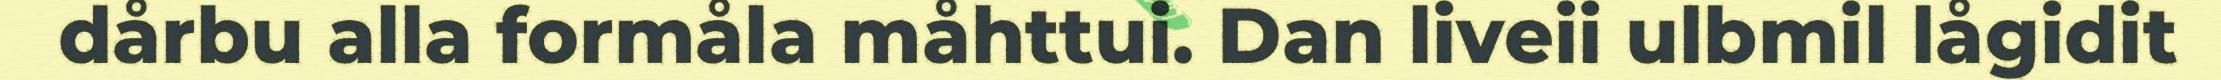
dårbu alla formåla måhttui. Dan liveii ulbmil lågidit